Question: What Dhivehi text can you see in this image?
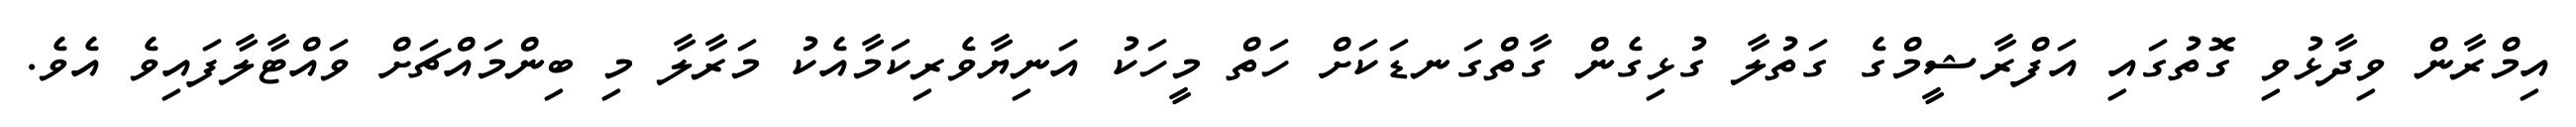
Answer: އިމްރާން ވިދާޅުވި ގޮތުގައި އަފްރާޝީމްގެ ގަތުލާ ގުޅިގެން ގާތްގަނޑަކަށް ހަތް މީހަކު އަނިޔާވެރިކަމާއެކު މަރާލާ މި ބިންމައްޗަށް ވައްޓާލާފައިވެ އެވެ.